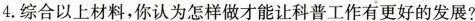
4.综合以上材料，你认为怎样做才能让科普工作有更好的发展?